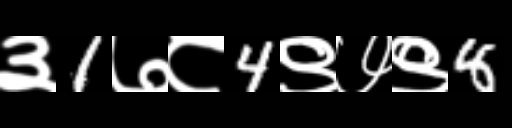
Text: ३1७८4९७९8